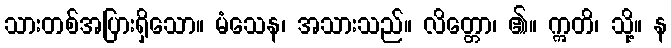
သားတစ်အပြားရှိသော။ မံသေန၊ အသားသည်။ လိတ္တော၊ ၏။ ဣတိ၊ သို့။ န